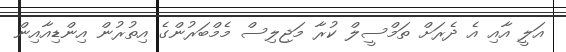
އަލީ އާއި އެ ދެރަށް ތަމްސީލް ކުރާ މަޖިލިސް މެމްބަރުންގެ އިތުރުން އިންޑިއާއިން